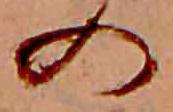
の